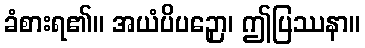
ခံစားရ၏။ အယံပိပဉှော၊ ဤပြဿနာ။